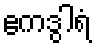
ဧကဒွါရံ